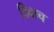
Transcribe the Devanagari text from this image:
दिवाच